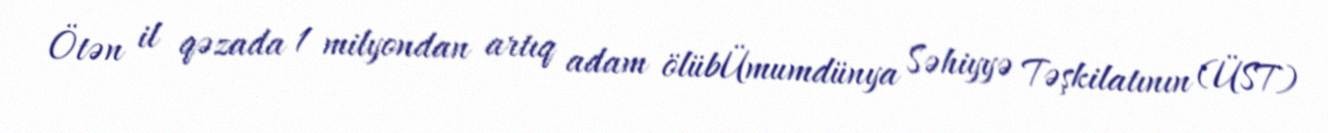
Ötən il qəzada 1 milyondan artıq adam ölübÜmumdünya Səhiyyə Təşkilatının (ÜST)